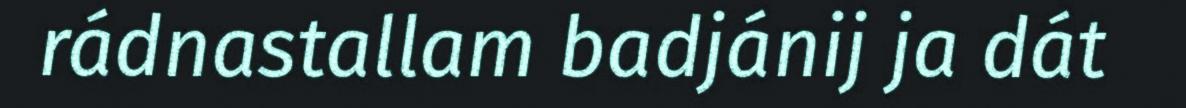
rádnastallam badjánij ja dát